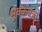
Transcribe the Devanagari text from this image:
मुक्केबज़ी